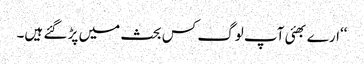
‘‘ارے بھئی آپ لوگ کس بحث میں پڑ گئے ہیں۔